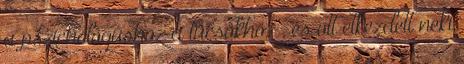
a pszichológushoz a tücsökhöz , és ott elkezdett neki